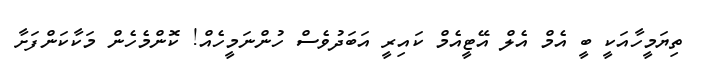
ތިޔަމީހާއަކީ ބީ އެމް އެލް އޭޓީއެމް ކައިރީ އަބަދުވެސް ހުންނަމީހެއް! ކޮންމެހެން މަކާކަންފަށާ